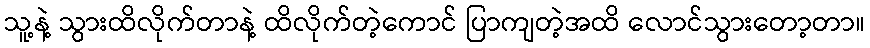
သူ့နဲ့ သွားထိလိုက်တာနဲ့ ထိလိုက်တဲ့ကောင် ပြာကျတဲ့အထိ လောင်သွားတော့တာ။